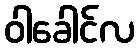
ဝါခေါင်လ